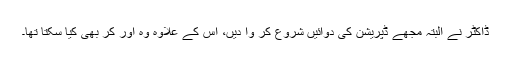
ڈاکٹر نے البتہ مجھے ڈپریشن کی دوائیں شروع کر وا دیں، اس کے علاوہ وہ اور کر بھی کیا سکتا تھا۔